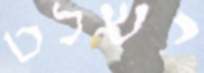
ישלט